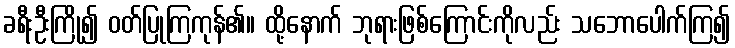
ခရီးဦးကြို၍ ဝတ်ပြုကြကုန်၏။ ထို့နောက် ဘုရားဖြစ်ကြောင်းကိုလည်း သဘောပေါက်ကြ၍